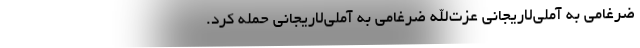
ضرغامی به آملی‌لاریجانی عزت‌الله ضرغامی به آملی‌لاریجانی حمله کرد.